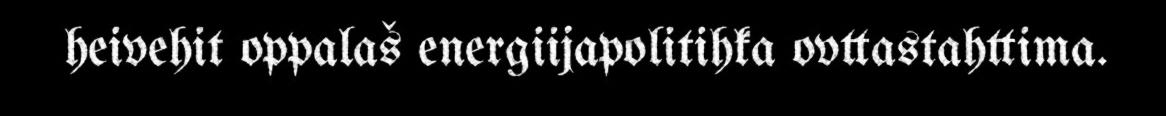
heivehit oppalaš energiijapolitihka ovttastahttima.